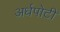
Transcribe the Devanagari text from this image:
अर्धपोटी